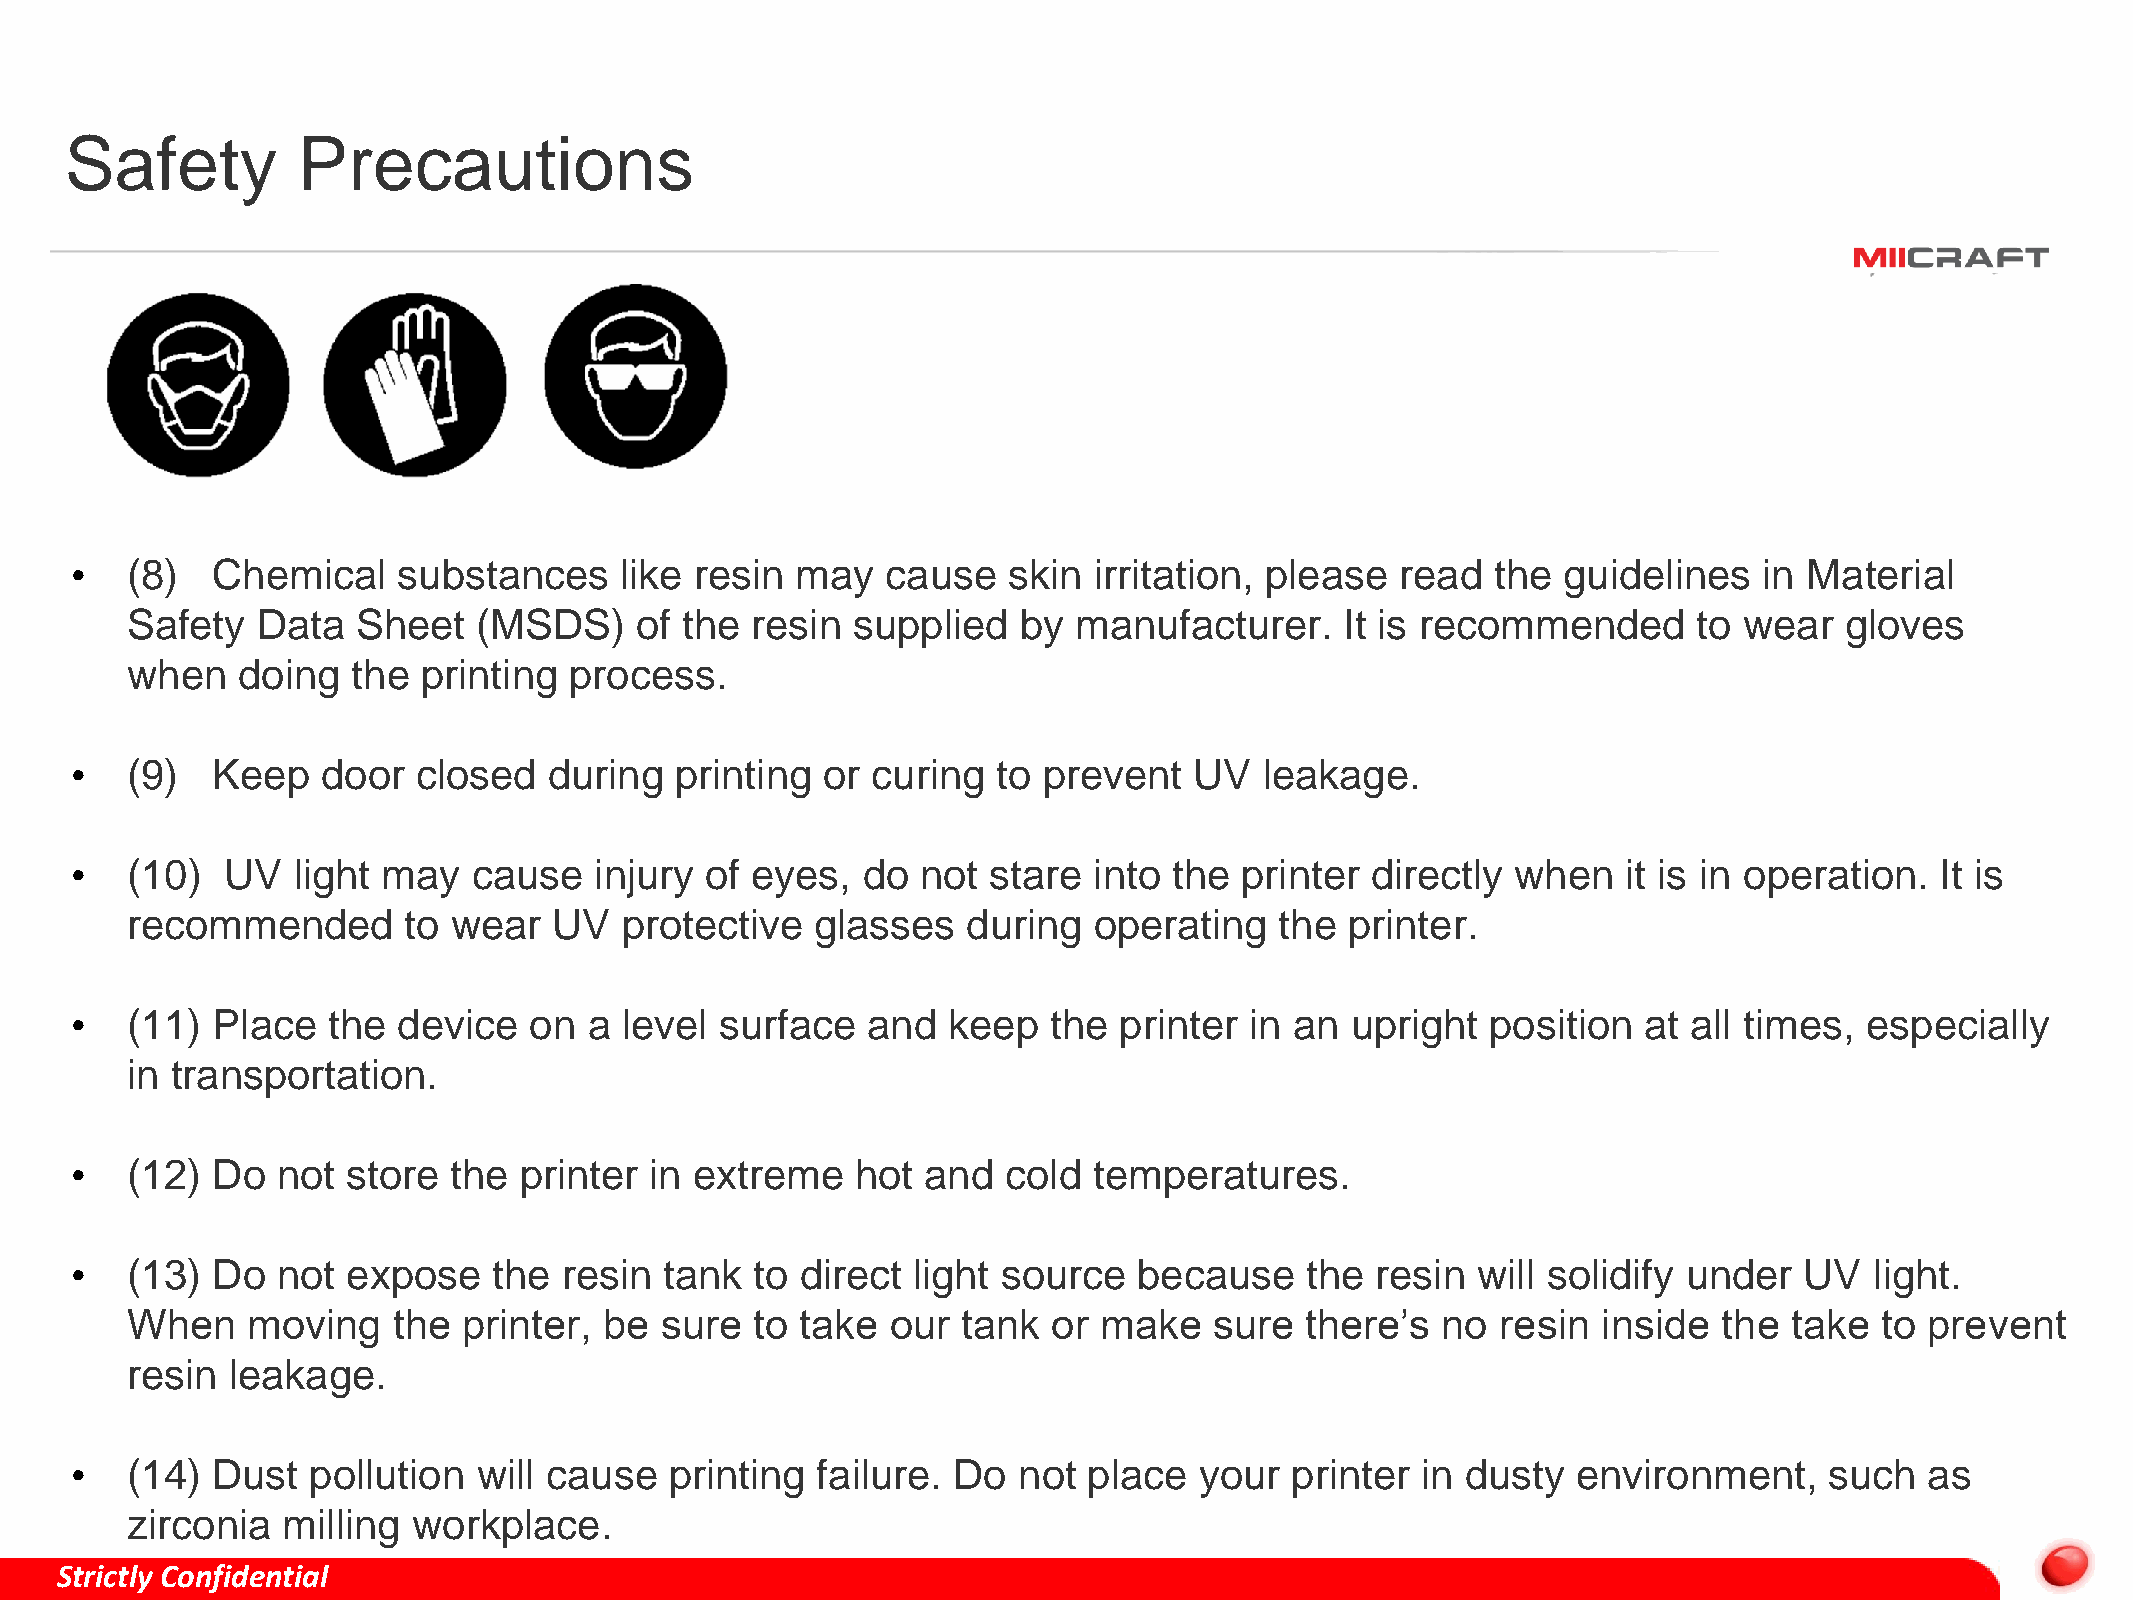
Safety          Precautions
 •  (8)   Chemical    substances     like resin  may   cause   skin irritation, please   read  the guidelines    in Material
 Safety   Data   Sheet   (MSDS)    of the  resin supplied    by manufacturer.     It is recommended      to wear   gloves
 when    doing  the  printing  process.
 •  (9)   Keep   door   closed  during   printing or  curing  to prevent   UV   leakage.
 •  (10)   UV  light may   cause   injury  of eyes,  do  not  stare into  the printer  directly when    it is in operation. It is
 recommended        to wear   UV  protective   glasses   during  operating    the printer.
 •  (11)  Place   the device   on  a level  surface  and   keep   the printer  in an upright   position  at all times,  especially
 in transportation.
 •  (12)  Do  not  store  the printer  in extreme    hot and   cold temperatures.
 •  (13)  Do  not  expose    the resin  tank  to direct light source   because    the  resin  will solidify under  UV   light.
 When    moving    the  printer, be  sure  to take  our  tank  or make   sure  there’s  no  resin  inside  the  take  to prevent
 resin  leakage.
 •  (14)  Dust  pollution   will cause  printing  failure. Do  not  place  your   printer in dusty  environment,     such   as
 zirconia   milling workplace.
 Strictly Confidential